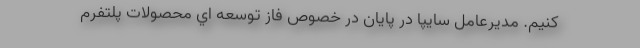
كنيم. مدیرعامل سایپا در پایان در خصوص فاز توسعه اي محصولات پلتفرم